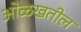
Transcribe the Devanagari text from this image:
ओळखतील